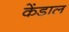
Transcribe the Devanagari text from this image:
केंडाल